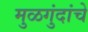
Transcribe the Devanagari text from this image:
मुळगुंदांचे